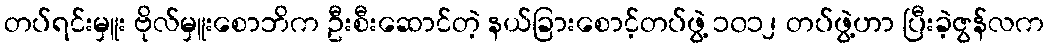
တပ်ရင်းမှူး ဗိုလ်မှူးစောဘိက ဦးစီးဆောင်တဲ့ နယ်ခြားစောင့်တပ်ဖွဲ့ ၁၀၁၂ တပ်ဖွဲ့ဟာ ပြီးခဲ့ဇွန်လက